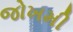
જોખમી